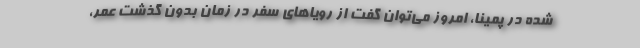
شده در پمینا، امروز می‌توان گفت از رویاهای سفر در زمان بدون گذشت عمر،